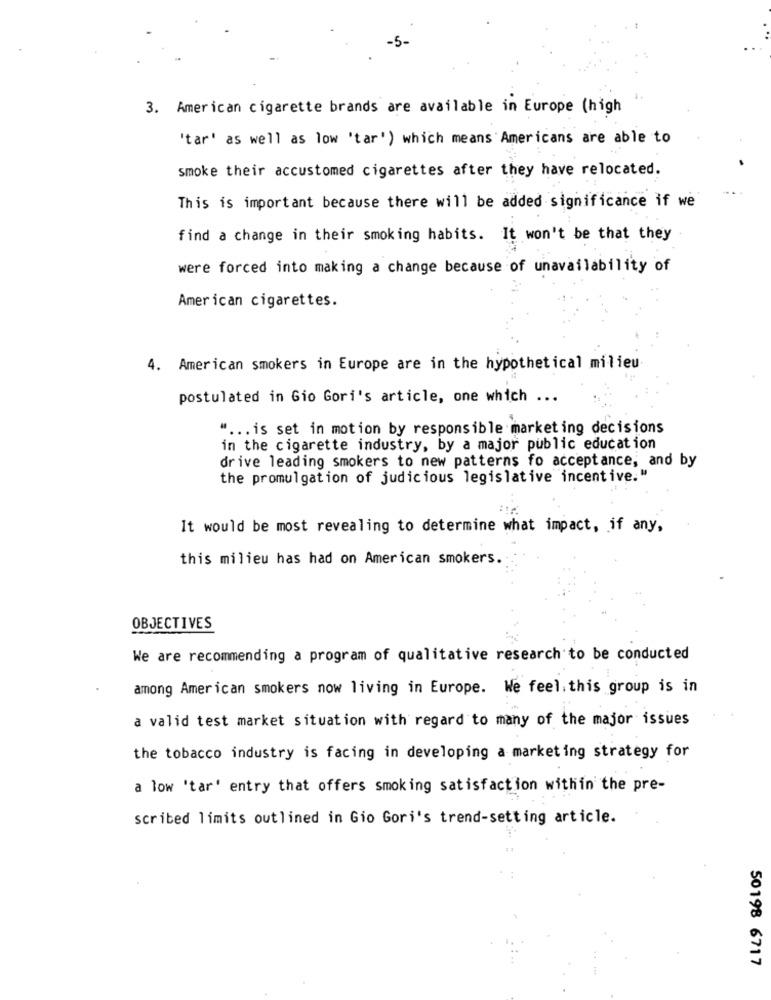
3. American cigarette brands are available in Europe (high
"tar' as well as low "tar') which means Americans are able to
smoke their accustomed cigarettes after they have relocated.
This is important because there will be added significance if we
find a change in their smoking habits. It won't be that they
were forced into making a change because of unavailability of
American cigarettes.
4. American smokers in Europe are in the hypothetical milieu
postulated in Gio Gori's article, one which ...
" ... is set in motion by responsible marketing decisions
in the cigarette industry, by a major public education
drive leading smokers to new patterns fo acceptance, and by
the promulgation of judicious legislative incentive."
It would be most revealing to determine what impact, if any,
this milieu has had on American smokers.
OBJECTIVES
We are recommending a program of qualitative research to be conducted
among American smokers now living in Europe. We feel. this group is in
a valid test market situation with regard to many of the major issues
the tobacco industry is facing in developing a marketing strategy for
a low 'tar' entry that offers smoking satisfaction within the pre-
scribed limits outlined in Gio Gori's trend-setting article.
50198 6717